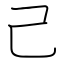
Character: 己